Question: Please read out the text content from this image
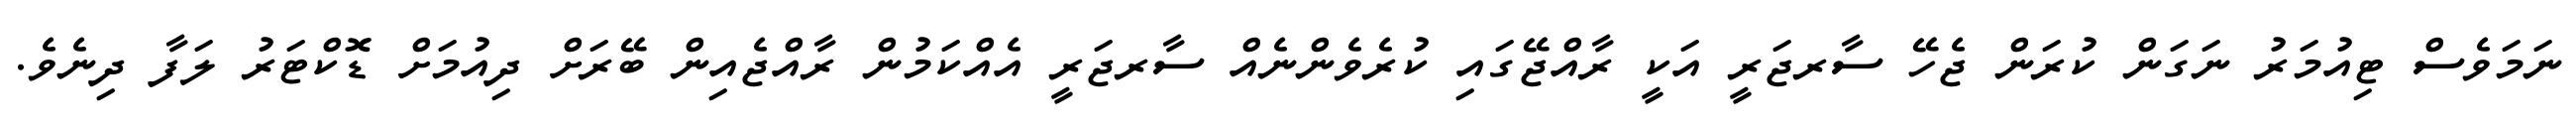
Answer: ނަމަވެސް ޓިއުމަރު ނަގަން ކުރަން ޖެހޭ ސާރޖަރީ އަކީ ރާއްޖޭގައި ކުރެވެންނެއް ސާރޖަރީ އެއްކަމުން ރާއްޖެއިން ބޭރަށް ދިއުމަށް ޑޮކްޓަރު ލަފާ ދިނެވެ.